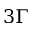
3 \Gamma